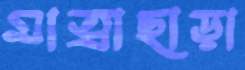
মাত্রাছাড়া